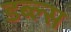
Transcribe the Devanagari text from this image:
डब्ल्स